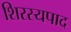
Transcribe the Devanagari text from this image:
शिरस्यपाद